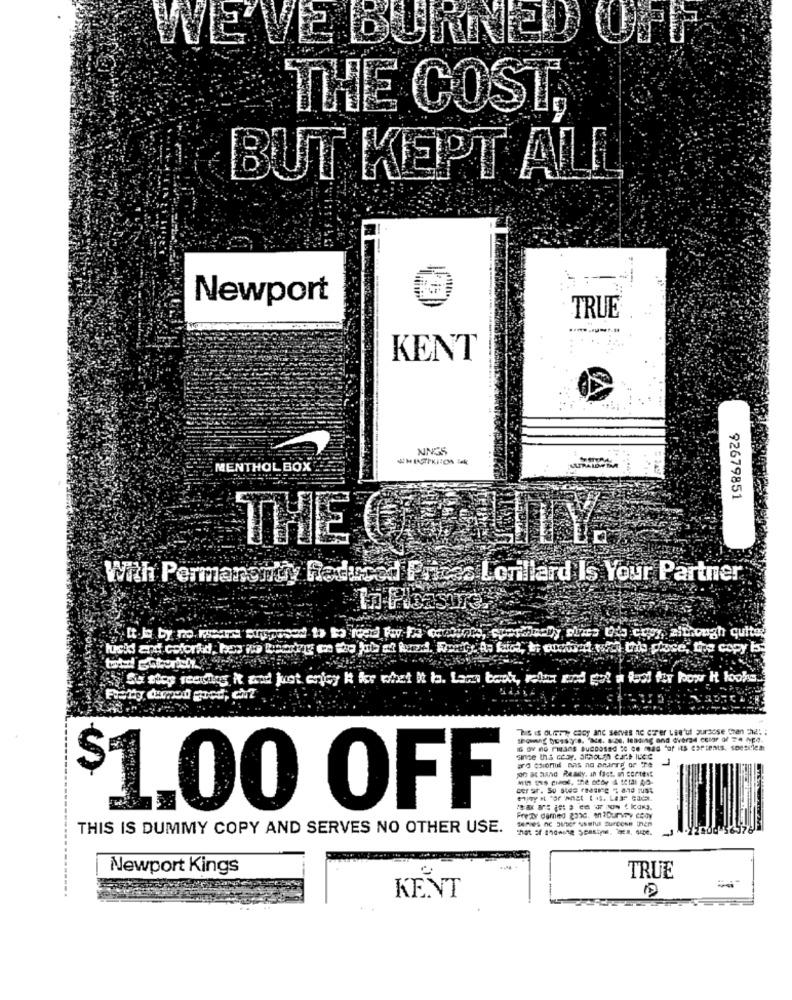
WE'VE BURNED OPP
THE COST.
BUT KEPT ALL
--
Newport
TRUE
.... ....
KENT
NINGS
MENTHOL BOX
PAIDPS
92679851
With Permanentyy Reduced Prices Lorillard Is Your Partner
In Pleasure,
So stop reading it and just enjoy It for what It Is. Lam beck, relax and got a tool for how It looks.
is IS GLI cy ane serves ne erer Lse'ut sursose phen che: :
aro cionul nas no aharTe or Pe
1
$1.00 OFF
THIS IS DUMMY COPY AND SERVES NO OTHER USE.
Newport Kings
TRUE
LA
KENT